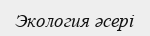
Экология әсері